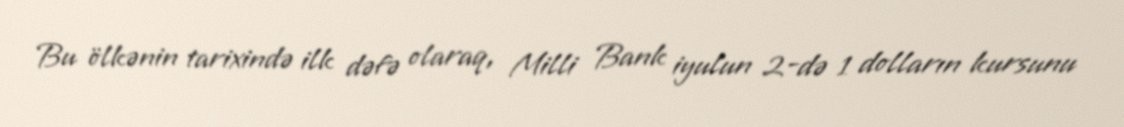
Bu ölkənin tarixində ilk dəfə olaraq, Milli Bank iyulun 2-də 1 dolların kursunu